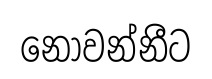
නොවන්නීට